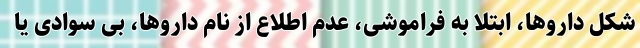
شکل داروها، ابتلا به فراموشی، عدم اطلاع از نام داروها، بی سوادی یا